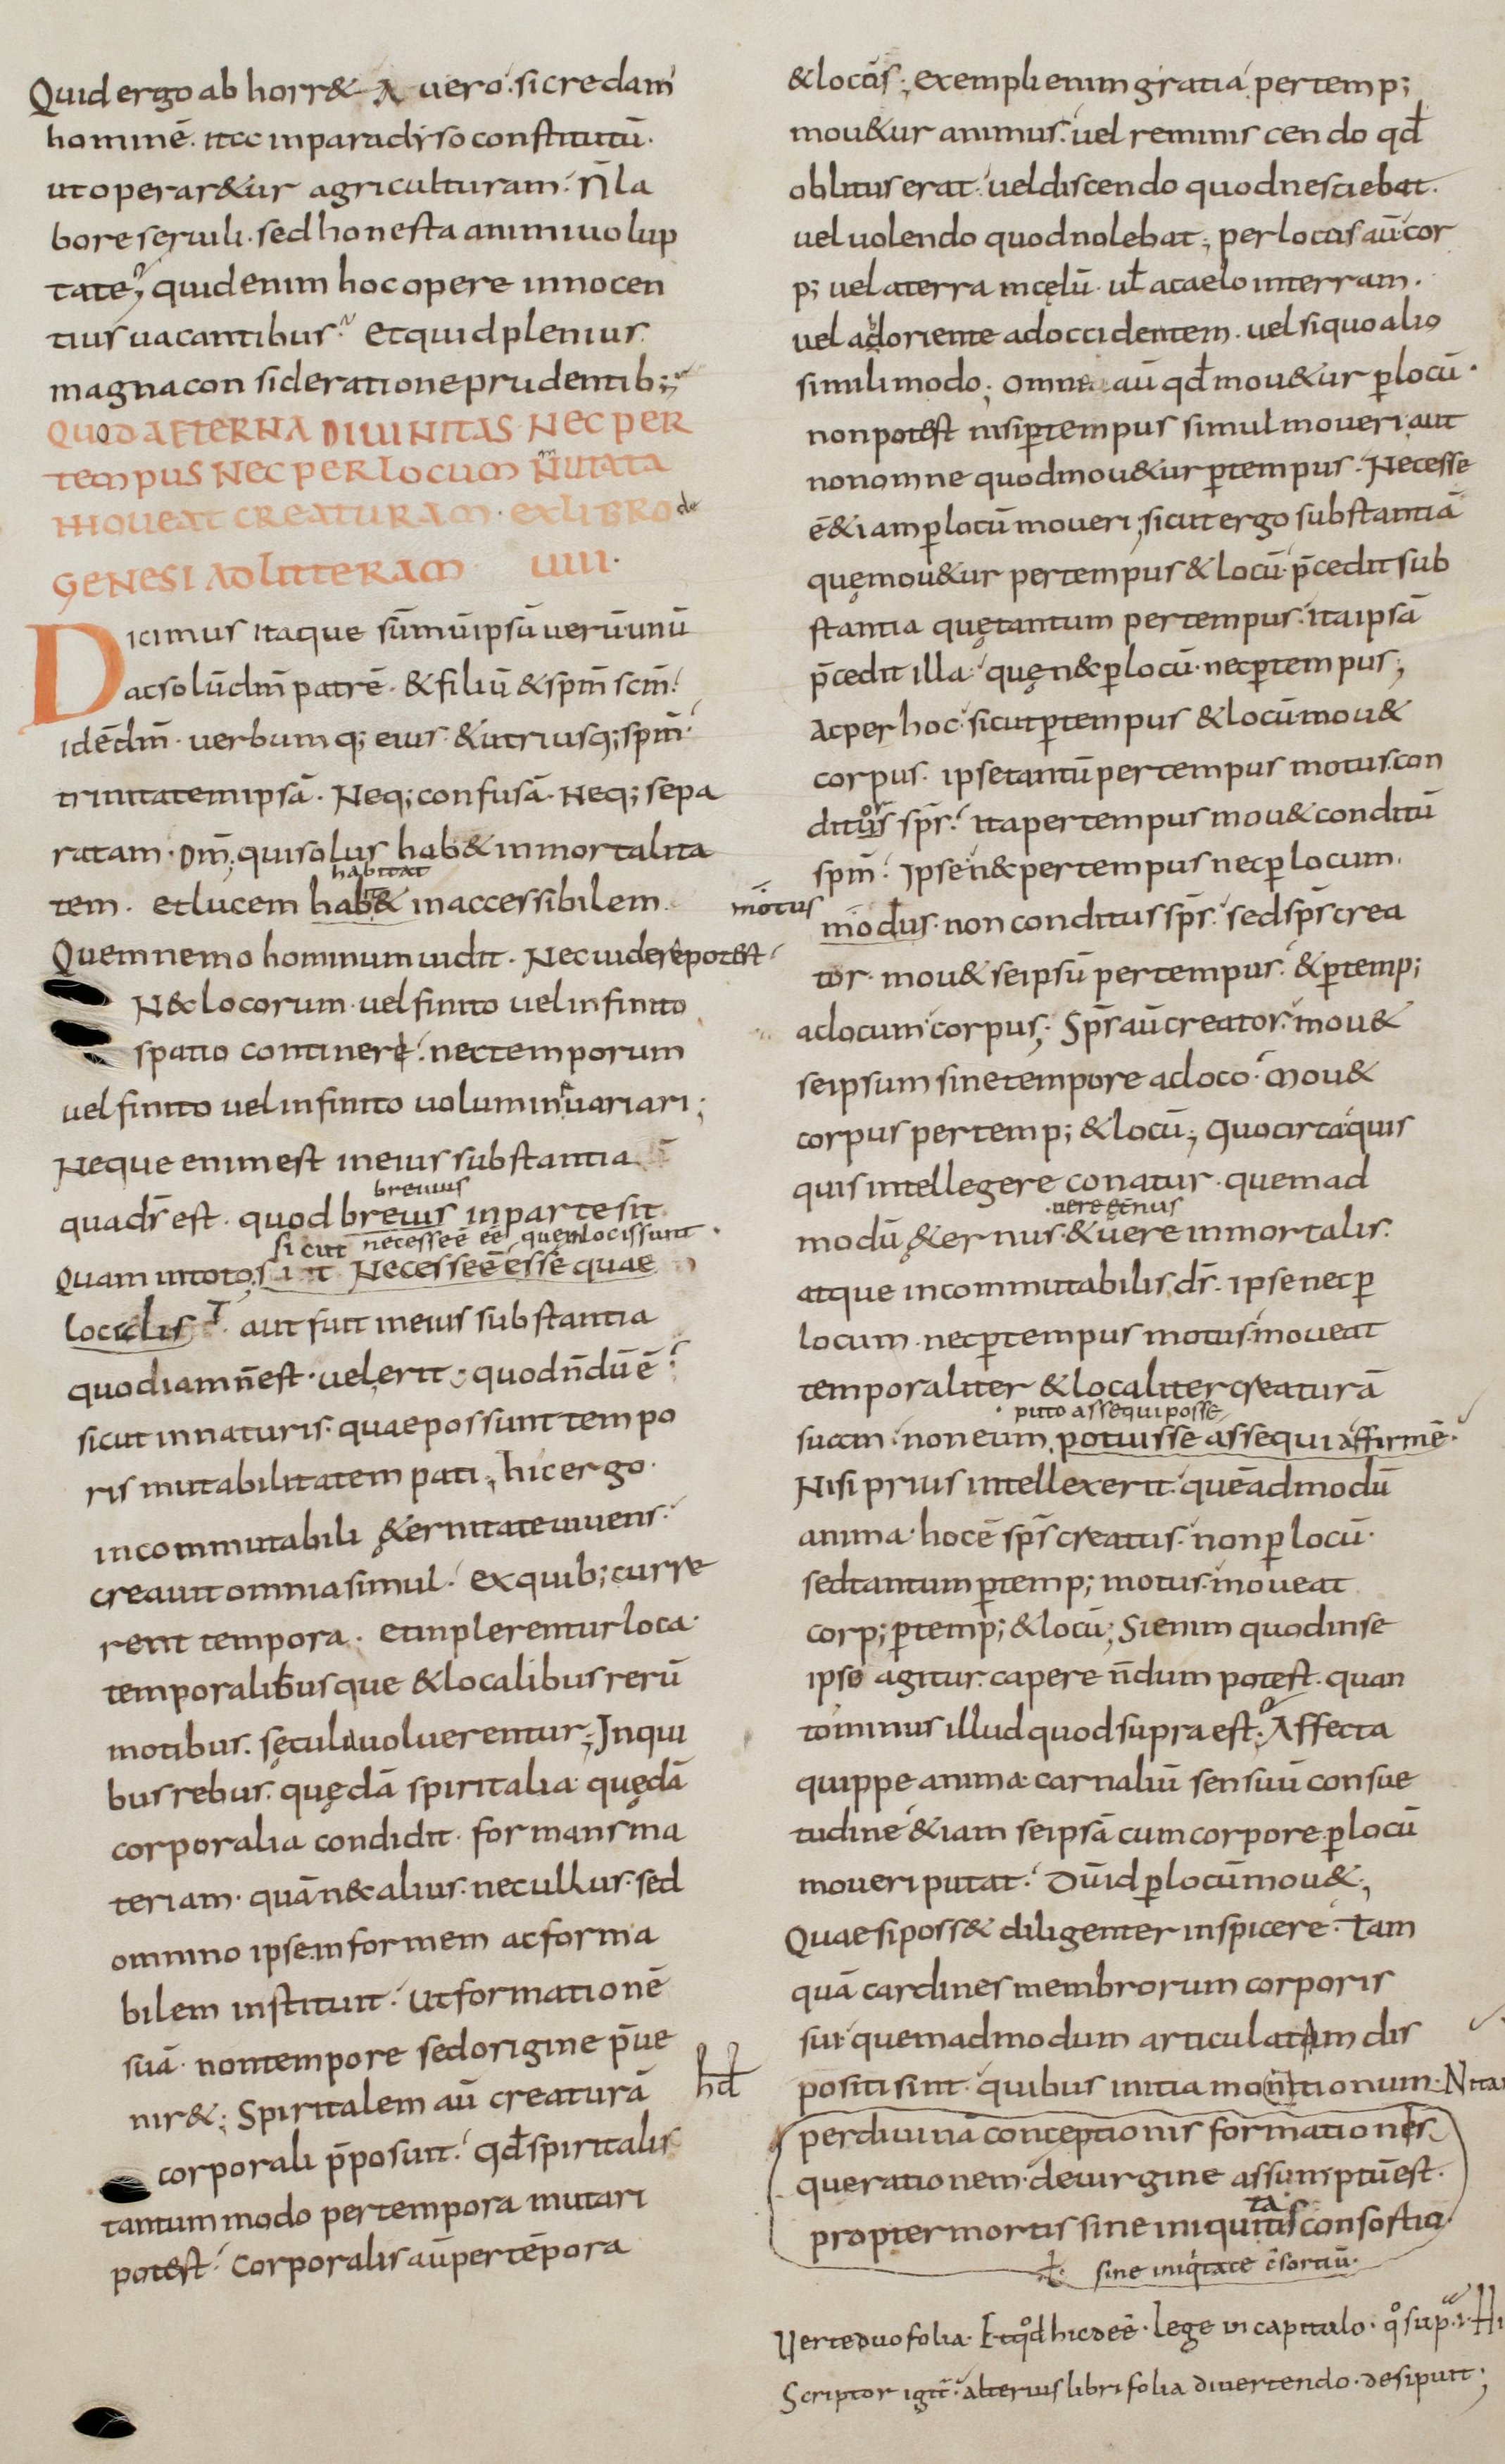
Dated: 800–899